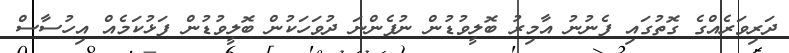
ދަރިވަރެއްގެ ގޮތުގައި ފެނުނު އާމިރު ބޮލީވުޑުން ނުފެންނަ ދުވަހަކުން ބޮލީވުޑުން ފަޅުކަމެއް އިހުސާސް